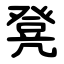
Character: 凳